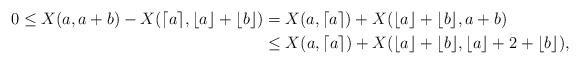
LaTeX: \begin{align*}0 \leq X(a,a+b) - X(\lceil a \rceil , \lfloor a \rfloor + \lfloor b \rfloor ) &= X(a, \lceil a \rceil) + X ( \lfloor a \rfloor + \lfloor b \rfloor , a+b) \\&\leq X (a , \lceil a \rceil) + X (\lfloor a \rfloor + \lfloor b \rfloor , \lfloor a \rfloor + 2 + \lfloor b \rfloor ),\end{align*}